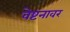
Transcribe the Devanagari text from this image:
वेष्टनावर